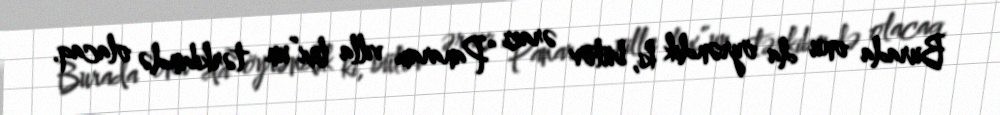
Burada onu da öyrəndik ki, bütöv ərazi “Panaram villa lux”un tərkibində olacaq.